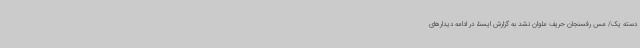
دسته یک/ مس رفسنجان حریف ملوان نشد به گزارش ایسنا، در ادامه دیدارهای